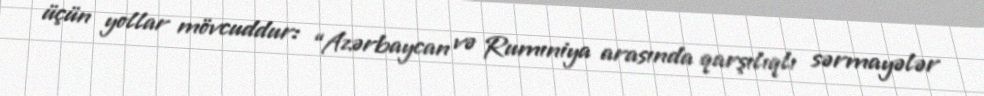
üçün yollar mövcuddur: “Azərbaycan və Rumıniya arasında qarşılıqlı sərmayələr